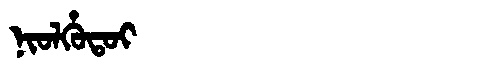
Manchu: ᠨᡳᠣᠯᡥᡠᡨᠣᡳ
Romanization: NIOLHUTOI